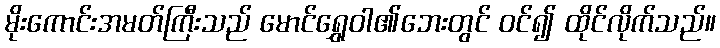
မိုးကောင်းအမတ်ကြီးသည် မောင်ရွှေဝါ၏ဘေးတွင် ဝင်၍ ထိုင်လိုက်သည်။